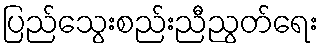
ပြည်သွေးစည်းညီညွတ်ရေး